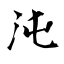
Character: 沌